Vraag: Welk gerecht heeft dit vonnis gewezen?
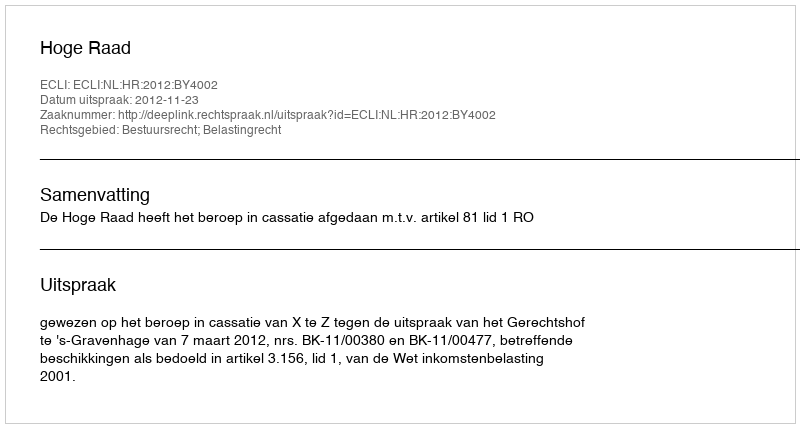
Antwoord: Hoge Raad